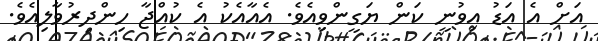
އަށް އެ އަޑު އިވުނީ ކަން ޔަގީންވިއެވެ. އެއާއެކު އެ ކުއްޖާ ހިންދިރުވާލިއެވެ.